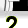
Digit: 2